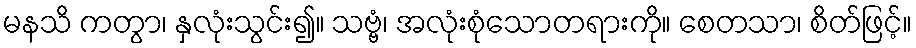
မနသိ ကတွာ၊ နှလုံးသွင်း၍။ သဗ္ဗံ၊ အလုံးစုံသောတရားကို။ စေတသာ၊ စိတ်ဖြင့်။